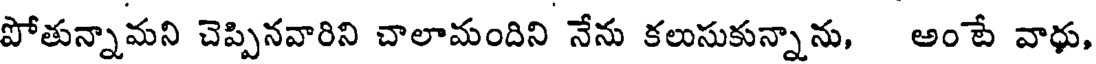
పోతున్నామని చెప్పినవారిని చాలామందిని నేను కలుసుకున్నాను, అంపే వాధు,